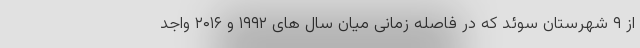
از ۹ شهرستان سوئد که در فاصله زمانی میان سال های ۱۹۹۲ و ۲۰۱۶ واجد